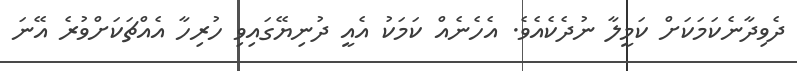
ދެވިދާނެކަމަކަށް ކަމީލާ ނުދެކެއެވެ. އެހެނެއް ކަމަކު އެއީ ދުނިޔޭގައިވި ހުރިހާ އެއްޗަކަށްވުރެ އޭނަ